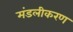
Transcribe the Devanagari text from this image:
मंडलीकरण